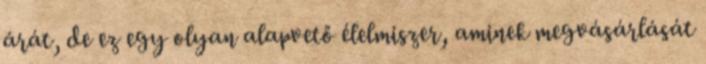
árát, de ez egy olyan alapvető élelmiszer, aminek megvásárlását